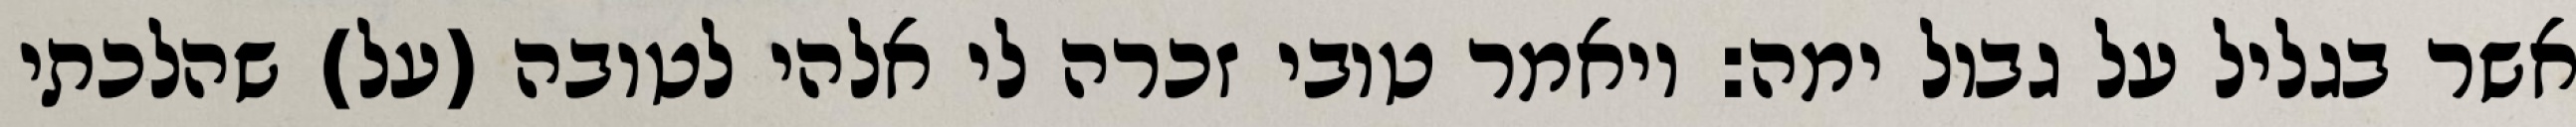
אשר בגליל על גבול ימה: ויאמר טובי זכרה לי אלהי לטובה (על) שהלכתי